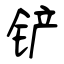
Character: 铲